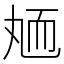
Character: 䎠